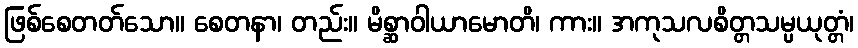
ဖြစ်စေတတ်သော။ စေတနာ၊ တည်း။ မိစ္ဆာဝါယာမောတိ၊ ကား။ အကုသလစိတ္တသမ္ပယုတ္တံ၊